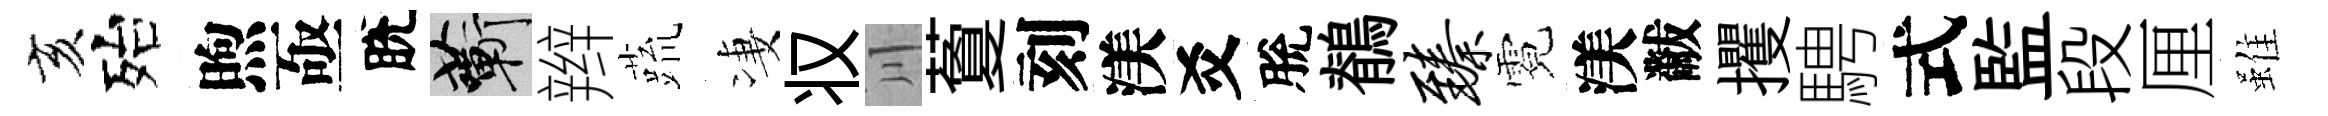
亥殆煦亟脫蔪辫蔬凄𠬧川藑刻渼爻脫鶺臻霓渼黻攫騁式監段厘雖